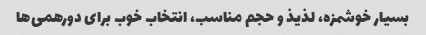
بسیار خوشمزه، لذیذ و حجم مناسب، انتخاب خوب برای دورهمی‌ها